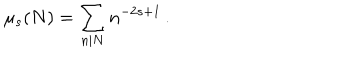
\mu _ { s } ( N ) = \sum _ { n | N } n ^ { - 2 s + 1 } \, .